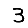
Digit: 3